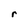
Character: r